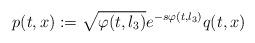
LaTeX: \begin{align*}p(t,x):= \sqrt{\varphi (t,l_3)} e^{-s\varphi (t,l_3)} q(t,x)\end{align*}